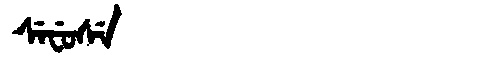
Manchu: ᠰᡝᠸᡠᠰᡝ
Romanization: SEFUSE